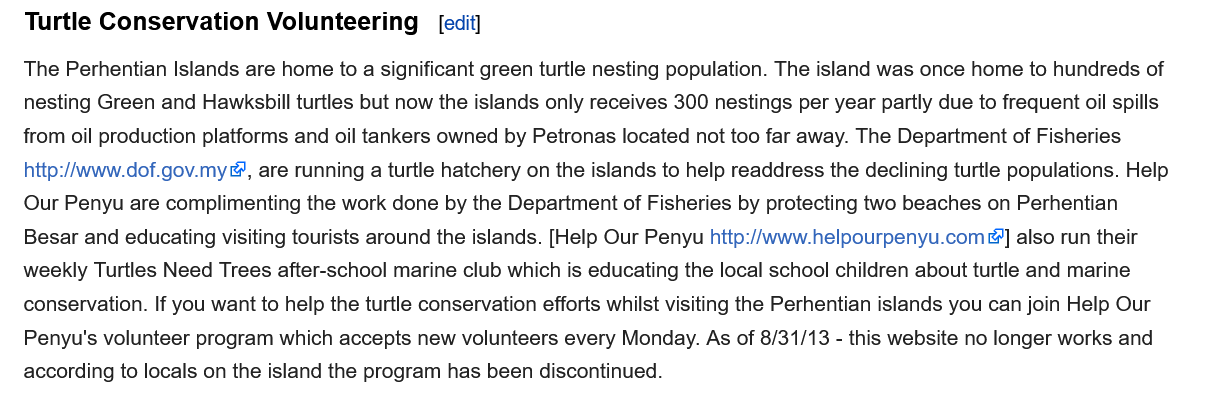
[edit] Turtle Conservation Volunteering
   The Perhentian Islands are home to a significant green turtle nesting population. The island was once home to hundreds of
   nesting Green and Hawksbill turtles but now the islands only receives 300 nestings per year partly due to frequent oil spills
   from oil production platforms and oil tankers owned by Petronas located not too far away. The Department of Fisheries
   http:/www.dof.gov.my@, are running a turtle hatchery on the islands to help readdress the declining turtle populations. Help
   Our Penyu are complimenting the work done by the Department of Fisheries by protecting two beaches on Perhentian
   Besar and educating visiting tourists around the islands. [Help Our Penyu http://www.helpourpenyu.com&] also run their
   weekly Turtles Need Trees after-school marine club which is educating the local school children about turtle and marine
   conservation. If you want to help the turtle conservation efforts whilst visiting the Perhentian islands you can join Help Our
   Penyu's volunteer program which accepts new volunteers every Monday. As of 8/31/13
     -
     this website no longer works and
   according to locals on the island the program has been discontinued.